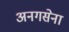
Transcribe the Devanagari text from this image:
अनगसेना